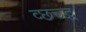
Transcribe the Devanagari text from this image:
व्छच्द्ध